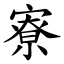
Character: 寮